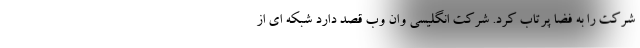
شرکت را به فضا پرتاب کرد. شرکت انگلیسی وان وب قصد دارد شبکه ای از